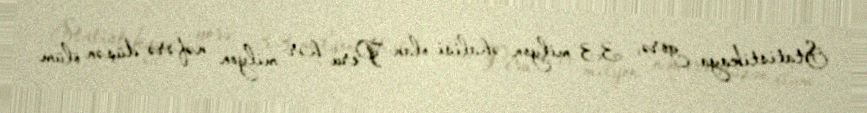
Statistikaya görə, 33 milyon əhalisi olan Peru hər milyon nəfərə düşən ölüm